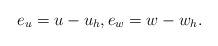
LaTeX: \begin{align*}e_u = u - u_h, e_w = w - w_h.\end{align*}